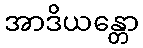
အာဒိယန္တော